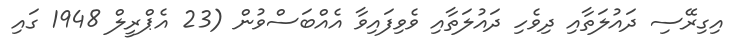
އިގިރޭސި ދައުލަތާއި ދިވެހި ދައުލަތާއި ވެވިފައިވާ އެއްބަސްވުން (23 އެޕްރީލް 1948 ގައި